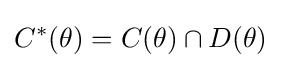
C^{*}(\theta )=C(\theta )\cap D(\theta )